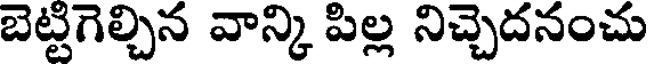
బెట్టిగెల్చిన వాన్కి పిల్ల నిచ్చెదనంచు